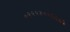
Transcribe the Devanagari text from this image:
०९९९३००६४८२